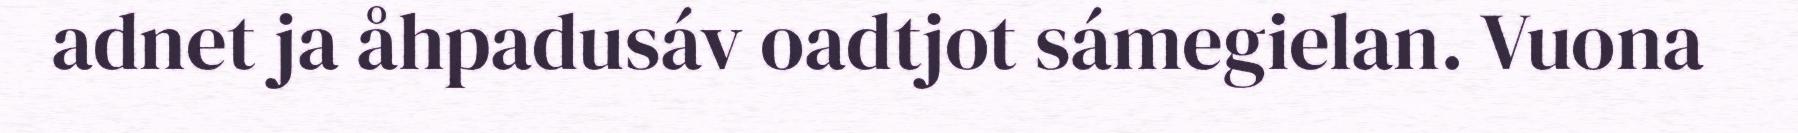
adnet ja åhpadusáv oadtjot sámegielan. Vuona